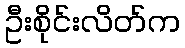
ဦးစိုင်းလိတ်က